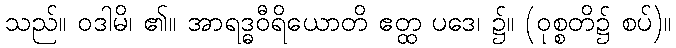
သည်။ ဝဒါမိ၊ ၏။ အာရဒ္ဓဝီရိယောတိ ဧတ္ထ ပဒေ၊ ၌။ (ဝုစ္စတိ၌ စပ်)။